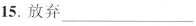
15.放弃___